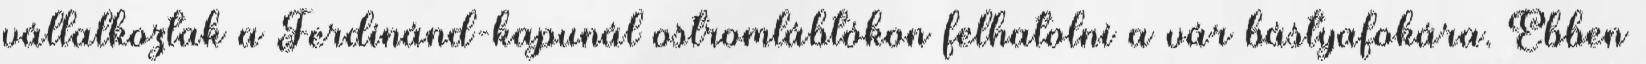
vállalkoztak a Ferdinánd-kapunál ostromlábtókon felhatolni a vár bástyafokára. Ebben